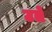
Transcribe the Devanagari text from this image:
उते